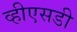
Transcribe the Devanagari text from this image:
व्हीएसडी